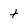
Character: t